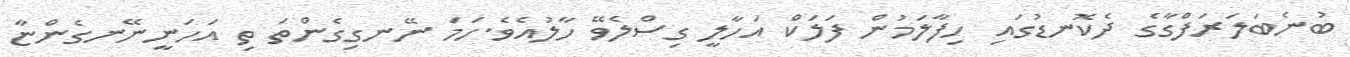
ބުނެބަލަރަފްގާގެ ދެކޮނޑުގައި ހިފާލަމުން ފަލަކް އަހާލީ ގިސްލެވޭ ހާލުއެވެ.ހަމަ ނޭނގިގެންތަ ތި އަހަނީނޭނގެންޏާ